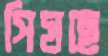
পিষছে